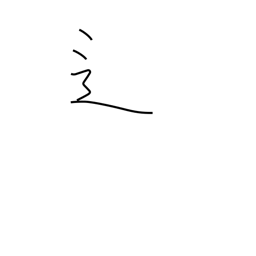
Meaning: road radical variant (no. 162)